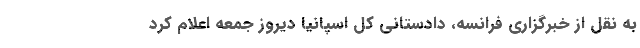
به نقل از خبرگزاری فرانسه، دادستانی کل اسپانیا دیروز جمعه اعلام کرد